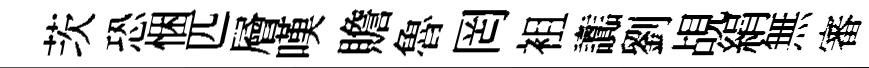
茨恐悃匹層嘆贍魯罔袓讟劉覘絹無審